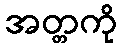
အတ္တကို